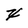
Character: x